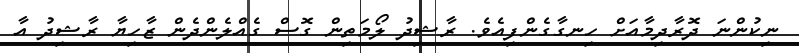
ނިކުންނަ ދޮރާދިމާއަށް ހިނގާގެންފިއެވެ. ރާޝިދު ލޯމަތިން ގޮސް ގެއްލެންދެން ޒާހިޔާ ރާޝިދު އާ